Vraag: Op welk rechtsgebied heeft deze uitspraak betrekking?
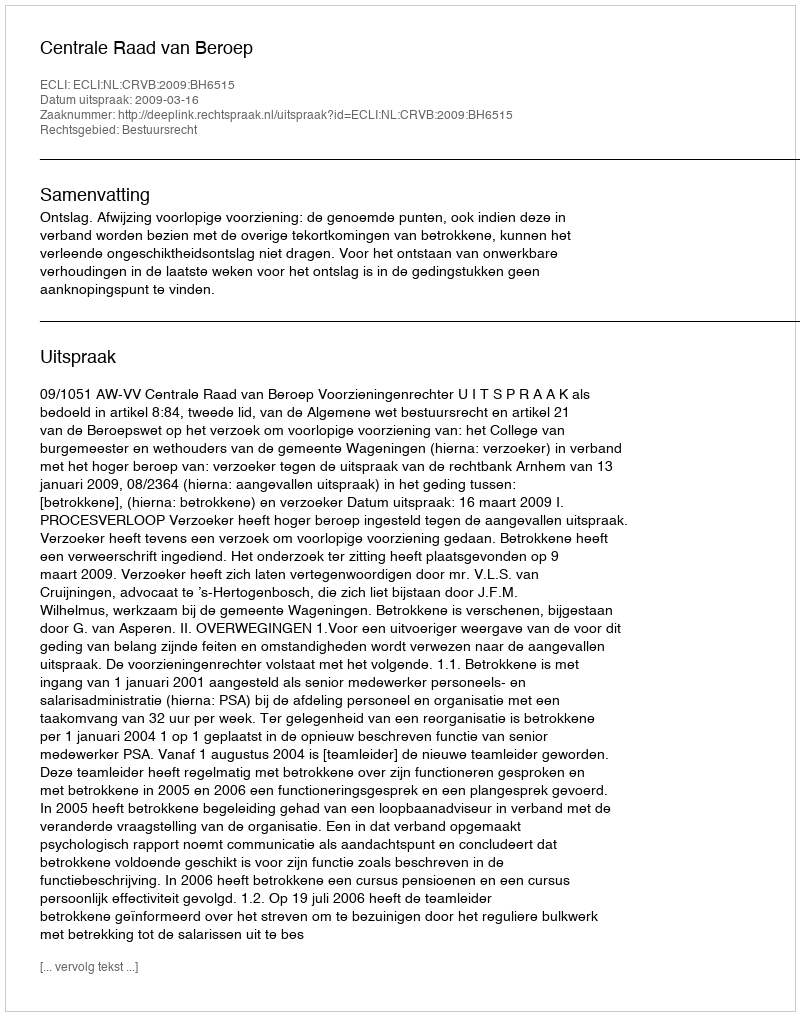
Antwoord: Bestuursrecht